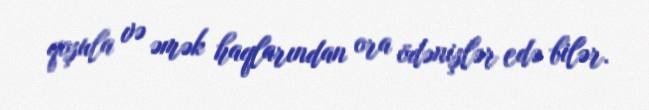
qoşula və əmək haqlarından ora ödənişlər edə bilər.